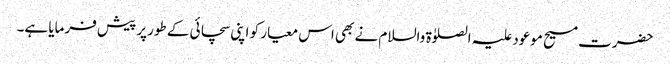
حضرت مسیح موعود علیہ الصلوٰۃ والسلام نے بھی اس معیار کو اپنی سچائی کے طورپر پیش فرمایا ہے۔